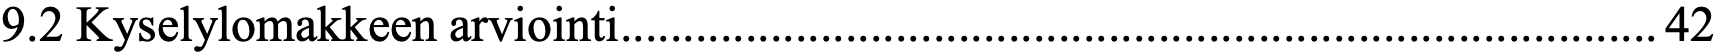
9.2 Kyselylomakkeen arviointi ................................................................................... 42